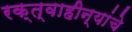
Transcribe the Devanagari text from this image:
रक्त्वाहीन्यांचे